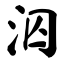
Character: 泅